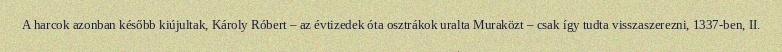
A harcok azonban később kiújultak, Károly Róbert – az évtizedek óta osztrákok uralta Muraközt – csak így tudta visszaszerezni, 1337-ben, II.